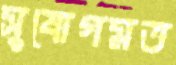
সুযোগমত